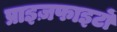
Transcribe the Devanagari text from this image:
प्राइज़फाइटों